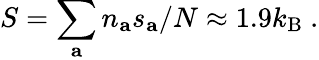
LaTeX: S=\sum_{\mathbf{a}}n_{\mathbf{a}}s_{\mathbf{a}}/N\approx 1.9k_{\mathrm{B}}~.